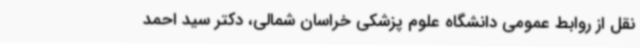
نقل از روابط عمومی دانشگاه علوم پزشکی خراسان شمالی، دکتر سید احمد